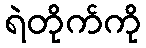
ရဲတိုက်ကို